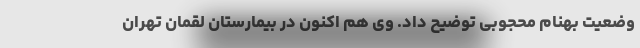
وضعیت بهنام محجوبی توضیح داد. وی هم اکنون در بیمارستان لقمان تهران